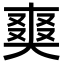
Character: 𭑘